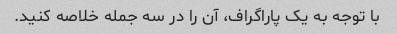
با توجه به یک پاراگراف، آن را در سه جمله خلاصه کنید.